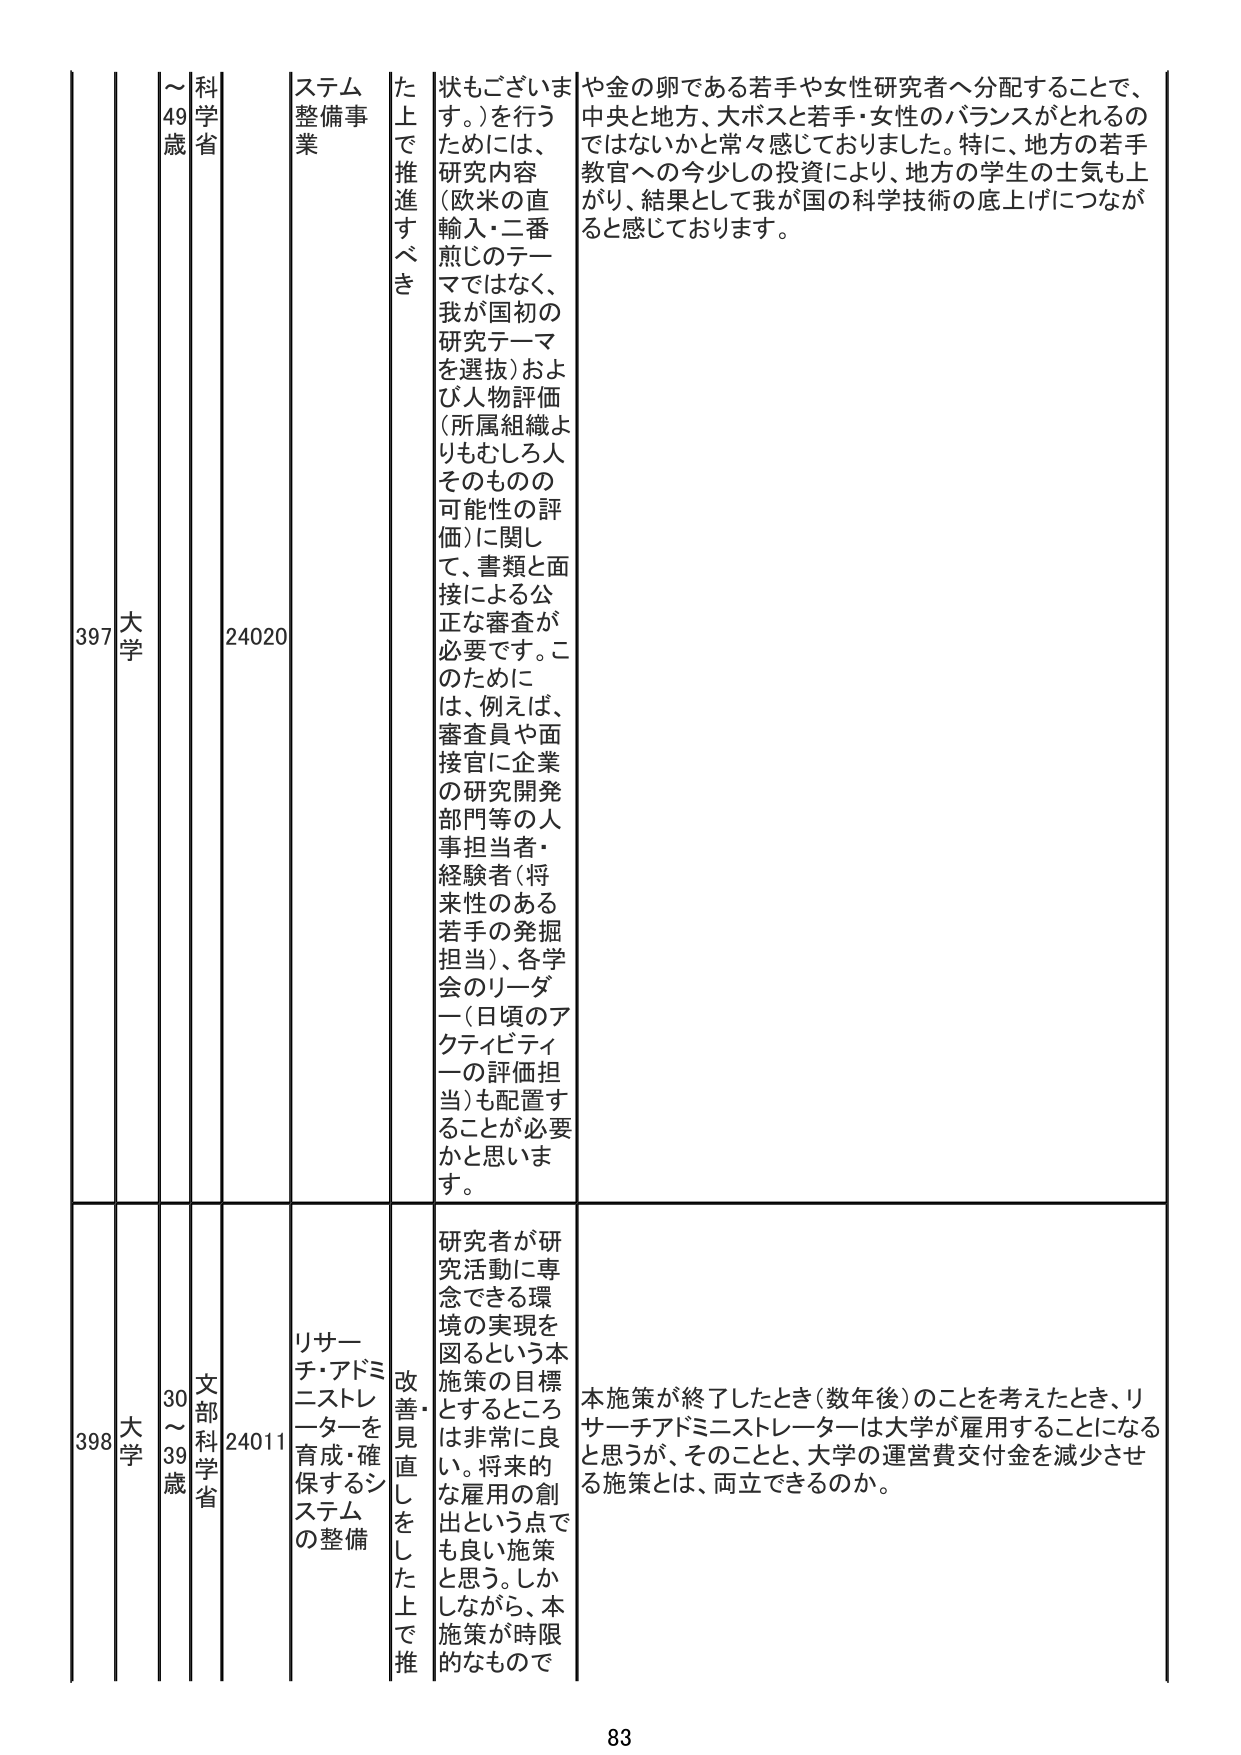
397 大学 49歳 科学省 24020 ステム整備事業 た上で推進すべき 状もございます。）を行うためには、研究内容（欧米の直輸入・二番煎じのテーマではなく、我が国初の研究テーマを選抜）および人物評価（所属組織よりもむしろ人そのものの可能性の評価）に関して、書類と面接による公正な審査が必要です。このためには、例えば、審査員や面接官に企業の研究開発部門等の人事担当者・経験者（将来性のある若手の発掘担当）、各学会のリーダー（日頃のアクティビティの評価担当）も配置することが必要かと思います。 や金の卵である若手や女性研究者へ分配することで、中央と地方、大ボスと若手・女性のバランスがとれるのではないかと常々感じておりました。特に、地方の若手教官への今少しの投資により、地方の学生の士気も上がり、結果として我が国の科学技術の底上げにつながると感じております。

398 大学 30～39歳 文部科学省 24011 リサーチ・アドミニストレーターを育成・確保するシステムの整備 改善・見直しをした上で推 研究者が研究活動に専念できる環境の実現を図るという本施策の目標とするところは非常に良い。将来的な雇用の創出という点でも良い施策と思う。しかしながら、本施策が時限的なもので 本施策が終了したとき（数年後）のことを考えたとき、リサーチアドミニストレーターは大学が雇用することになると思うが、そのことと、大学の運営費交付金を減少させる施策とは、両立できるのか。

83